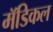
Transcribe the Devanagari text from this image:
मॅडिकल